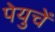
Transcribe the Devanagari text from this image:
पेयुचें